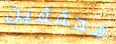
محققين